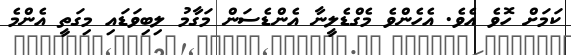
ކަމަށް ހޮވެ އެވެ. އެހެންވެ މެގްޑެލީނާ އެންޑެސަން މަގާމު ލިބިވަޑައި މިގަތީ އެންމެ